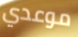
موعدي